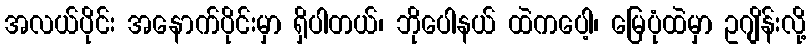
အလယ်ပိုင်း အနောက်ပိုင်းမှာ ရှိပါတယ်၊ ဘိုပေါနယ် ထဲကပေါ့၊ မြေပုံထဲမှာ ဥဂျိန်းလို့